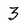
Character: 3